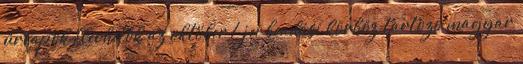
űrlapok Elérhetők az október 1-jei beadási körhöz tartozó magyar